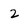
Character: 2